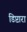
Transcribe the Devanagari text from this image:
डिप्टारा